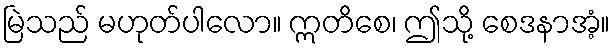
မြဲသည် မဟုတ်ပါလော။ ဣတိစေ၊ ဤသို့ စေဒနာအံ့။